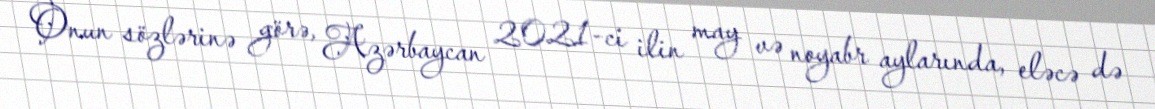
Onun sözlərinə görə, Azərbaycan 2021-ci ilin may və noyabr aylarında, eləcə də